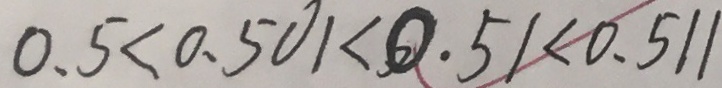
0 . 5 < 0 . 5 0 1 < 0 . 5 1 < 0 . 5 1 1